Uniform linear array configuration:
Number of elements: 8
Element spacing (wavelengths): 0.25
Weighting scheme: hamming
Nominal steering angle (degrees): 30
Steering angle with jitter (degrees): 31.076
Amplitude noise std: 0.05
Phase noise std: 0.05

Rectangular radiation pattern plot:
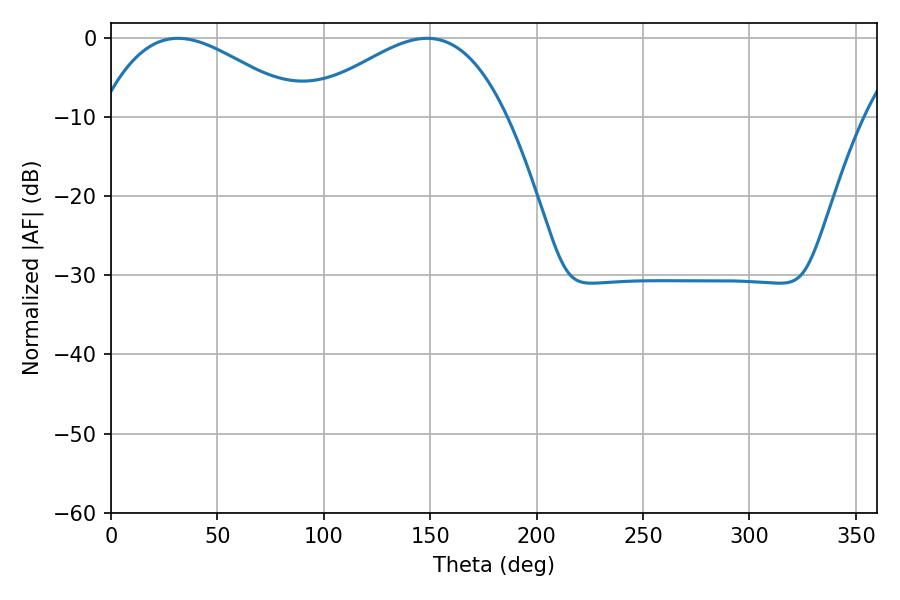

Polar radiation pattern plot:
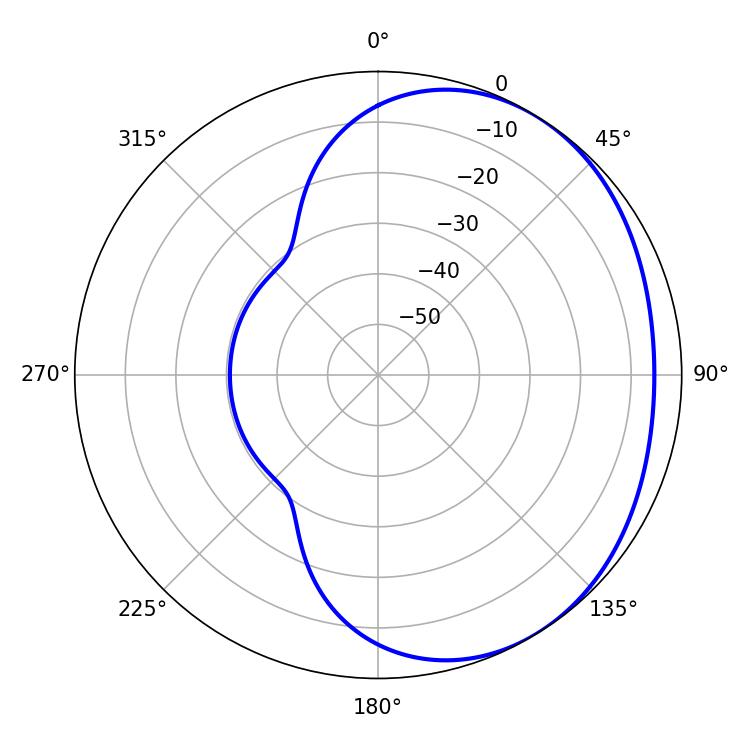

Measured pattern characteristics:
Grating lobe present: FALSE
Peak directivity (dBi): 2.427
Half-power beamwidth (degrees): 51.84
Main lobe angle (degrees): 31.5